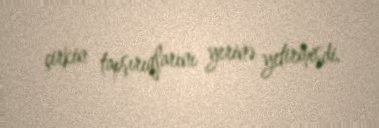
çirkin tapşırıqlarını yerinə yetirmişdi.